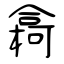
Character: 樖